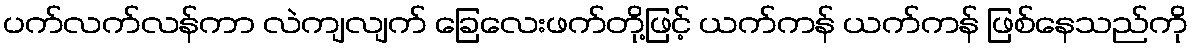
ပက်လက်လန်ကာ လဲကျလျက် ခြေလေးဖက်တို့ဖြင့် ယက်ကန် ယက်ကန် ဖြစ်နေသည်ကို